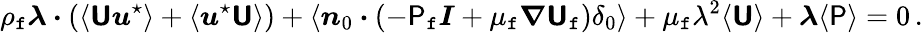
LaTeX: \rho_{\mathtt{f}}\boldsymbol{\lambda}\boldsymbol{\cdot}\left(\langle\boldsymbol{\mathsf{{U}}}\boldsymbol{u}^{\star}\rangle+\langle\boldsymbol{u}^{\star}\boldsymbol{\mathsf{{U}}}\rangle\right)+\langle\boldsymbol{n}_{0}\boldsymbol{\cdot}\left(-\mathsf{{P}}_{\mathtt{f}}\boldsymbol{I}+\mu_{\mathtt{f}}\boldsymbol{\nabla}\boldsymbol{\mathsf{{U}}}_{\mathtt{f}}\right)\delta_{0}\rangle+\mu_{\mathtt{f}}\lambda^{2}\langle\boldsymbol{\mathsf{{U}}}\rangle+\boldsymbol{\lambda}\langle\mathsf{{P}}\rangle=0\, .